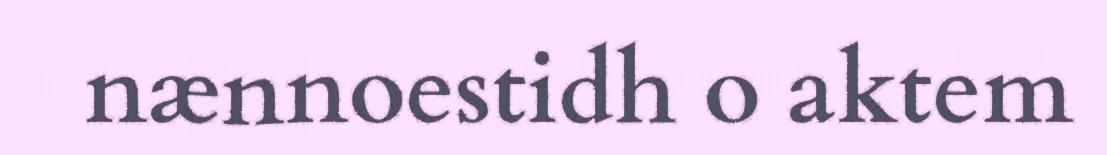
nænnoestidh o aktem